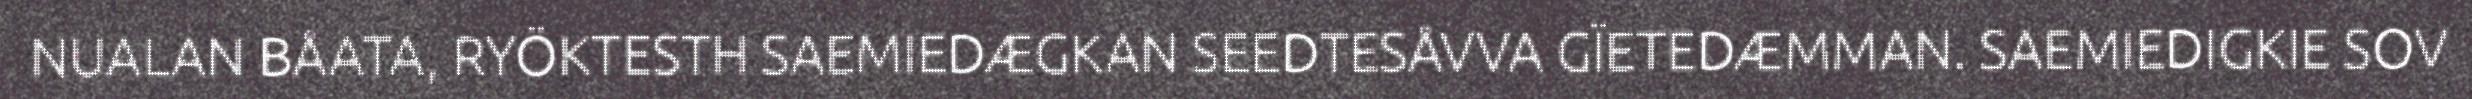
NUALAN BÅATA, RYÖKTESTH SAEMIEDÆGKAN SEEDTESÅVVA GÏETEDÆMMAN. SAEMIEDIGKIE SOV